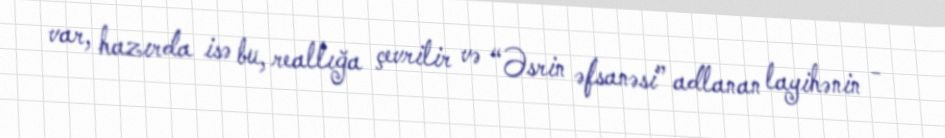
var, hazırda isə bu, reallığa çevrilir və “Əsrin əfsanəsi” adlanan layihənin -